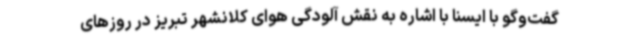
گفت‌وگو با ایسنا با اشاره به نقش آلودگی هوای کلانشهر تبریز در روزهای